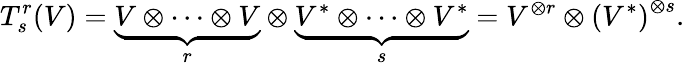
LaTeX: T_{s}^{r}(V)=\underbrace{V\otimes\cdots\otimes V}_{r}\otimes\underbrace{V^{*}\otimes\cdots\otimes V^{*}}_{s}=V^{\otimes r}\otimes\left(V^{*}\right)^{\otimes s}.